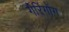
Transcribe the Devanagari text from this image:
गेरिंगोंग